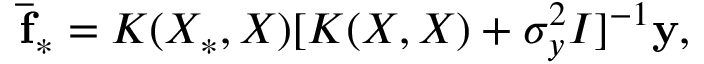
\mathbf { \bar { f _ { * } } } = K ( X _ { * } , X ) [ K ( X , X ) + \sigma _ { y } ^ { 2 } I ] ^ { - 1 } \mathbf { y } ,